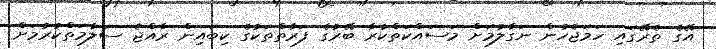
އޭގެ ތެރޭގައި ހަމަޖެހުން ނަގާލުމަށް މަސައްކަތްކުރާ ބޭރުގެ ފަރާތްތަކުގެ ކިބައިން ރާއްޖެ ސަލާމަތްކުރުމަށް